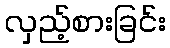
လှည့်စားခြင်း